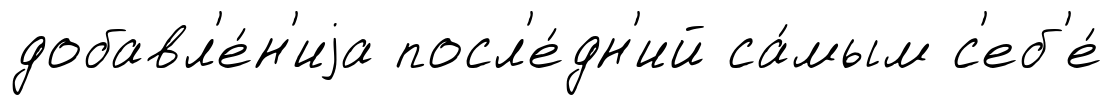
добавл'е́н'иjа посл'е́дн'ий са́мым с'еб'е́